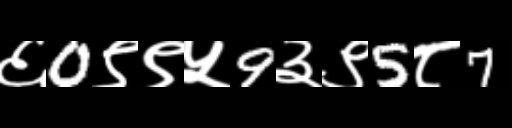
Text: ६0९९५9३९5८7